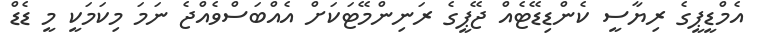
އެމްޑީޕީގެ ރިޔާސީ ކެންޑިޑޭޓެއް ޖޭޕީގެ ރަނިންމޭޓަކަށް އެއްބަސްވެއްޖެ ނަމަ މިކަމަކީ މީ ޑެޑް